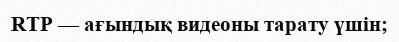
RTP — ағындық видеоны тарату үшін;